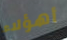
أهؤلاء